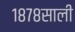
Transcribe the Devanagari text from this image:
१८७८साली